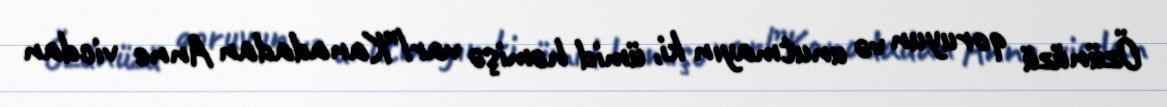
Özünüzü qoruyun və unutmayın ki, ümid həmişə var!”Kanadadan Anne vicdan